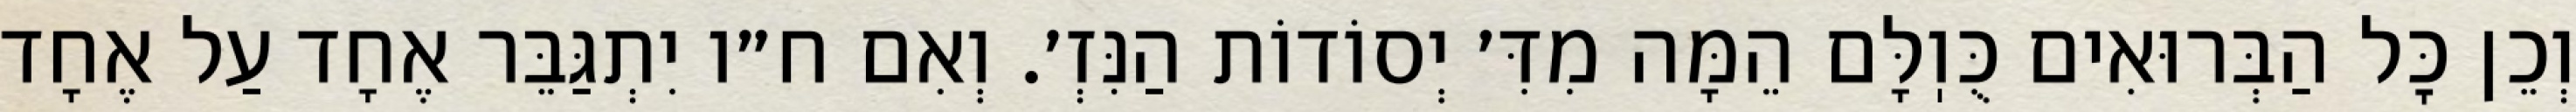
וְכֵן כׇּל הַבְּרוּאִים כֻּוֽלָּם הֵמָּה מִדִּ׳ יְסוֹדוֹת הַנִּזְ׳. וְאִם ח״ו יִתְגַּבֵּר אֶחָד עַל אֶחָד